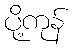
ပို့ကုန်